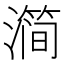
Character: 𰝗